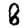
Digit: 8